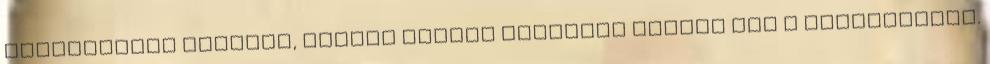
vegyületnek ugyanis, többek között frissítő hatása van a szervezetre.